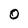
Character: O